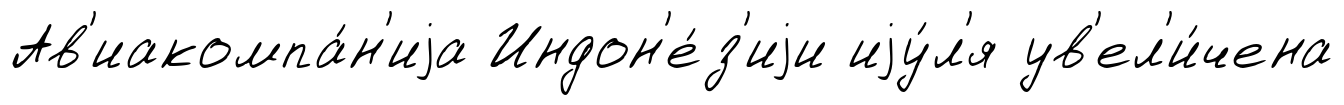
Ав'иакомпа́н'иjа Индон'е́з'иjи иjу́л'я ув'ел'и́чена